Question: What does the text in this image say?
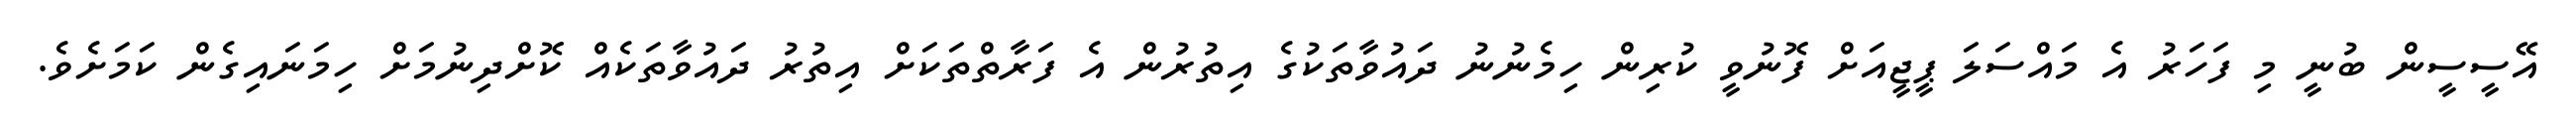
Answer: އޭސީސީން ބުނީ މި ފަހަރު އެ މައްސަލަ ޕީޖީއަށް ފޮނުވީ ކުރިން ހިމެނުނު ދައުވާތަކުގެ އިތުރުން އެ ފަރާތްތަކަށް އިތުރު ދައުވާތަކެއް ކޮށްދިނުމަށް ހިމަނައިގެން ކަމަށެވެ.